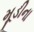
મૂડીના